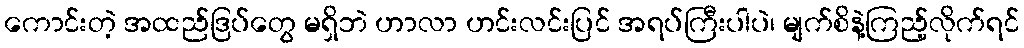
ကောင်းတဲ့ အထည်ဒြပ်တွေ မရှိဘဲ ဟာလာ ဟင်းလင်းပြင် အရပ်ကြီးပါပဲ၊ မျက်စိနဲ့ကြည့်လိုက်ရင်